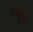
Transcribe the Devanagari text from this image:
रुसूक़